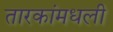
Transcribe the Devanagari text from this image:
तारकांमधली